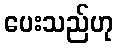
ပေးသည်ဟု